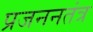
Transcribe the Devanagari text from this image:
प्रजननतंत्र